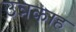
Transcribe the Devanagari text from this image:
उन्नकाह